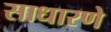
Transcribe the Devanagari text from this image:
साधारणे